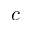
c